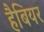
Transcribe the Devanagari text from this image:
हैबियर